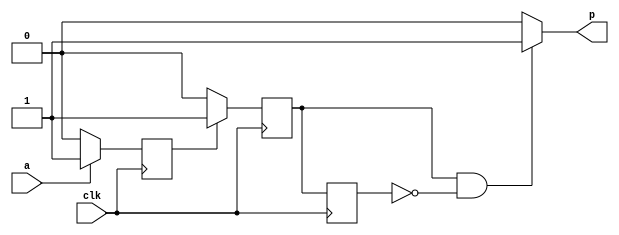
// `timescale 1ns / 1ps
//////////////////////////////////////////////////////////////////////////////////
// Company:
// Engineer:
//
// Design Name:
// Module Name: PS
// Project Name:
// Target Devices:
// Tool Versions:
// Description:
//
// Dependencies:
//
// Revision:
// Revision 0.01 - File Created
// Additional Comments:
//
//////////////////////////////////////////////////////////////////////////////////


module PS(input a,
          clk,
          output reg p);
    reg r,s,in_delay;
    always @(posedge clk) begin
        if (a)r <= 1;
        else r  <= 0;
    end
    always @(posedge clk) begin
        if (r)s <= 1;
        else s  <= 0;
    end
    always @(posedge clk) begin
        in_delay <= s;
    end
    always @(*) begin
        if (s&&!in_delay)
            p <= 1;
        else
            p <= 0;
    end
endmodule